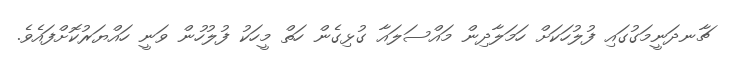
ޗާނދަނީމަގުގައި ފުލުހަކަށް ހަމަލާދިން މައްސަލައާ ގުޅިގެން ހަތް މީހަކު ފުލުހުން ވަނީ ހައްޔަރުކޮށްފައެވެ.